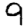
Digit: 9